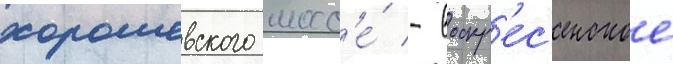
хорошевского шосс'е́ - воскр'ес'енское